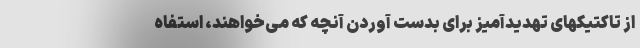
از تاکتیکهای تهدیدآمیز برای بدست آوردن آنچه که می‌خواهند، استفاه